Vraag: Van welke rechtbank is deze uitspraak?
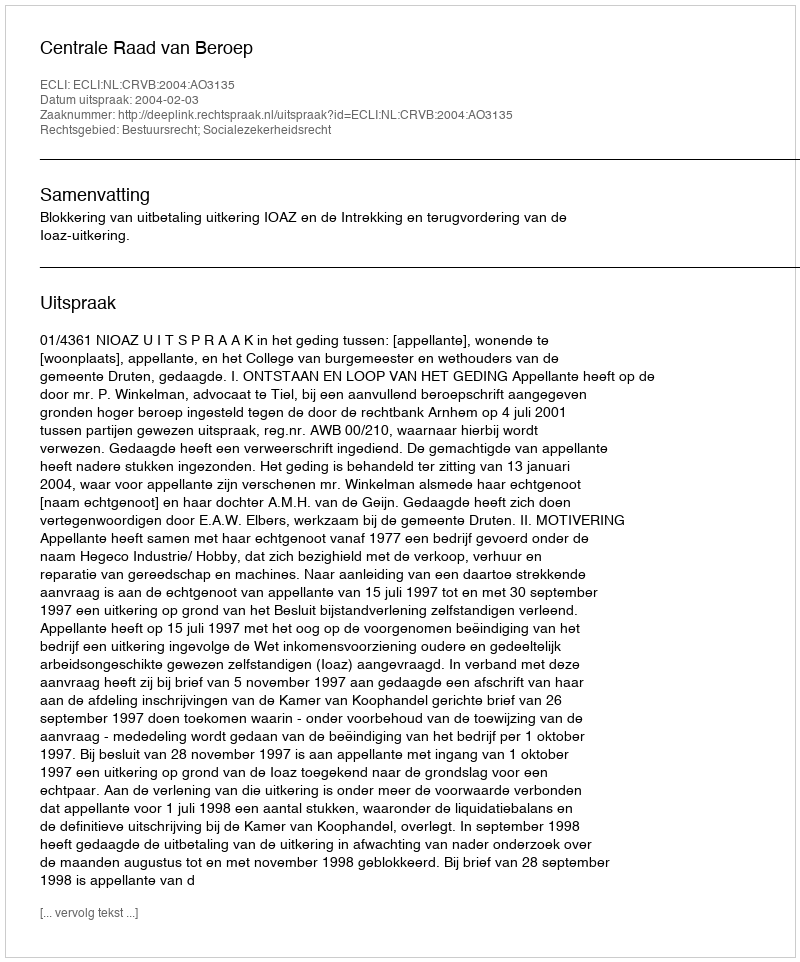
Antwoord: Centrale Raad van Beroep